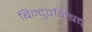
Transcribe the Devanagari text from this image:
बिन्दुपनिषद्